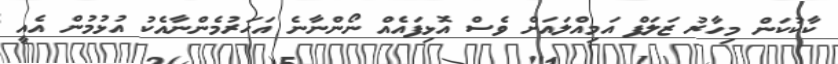
ކާކުކަން މިހާރު ޒަލަފް އަމިއްލައަށް ވެސް އޮޅިފައެއް ނޯންނާނެ އަހަރުމެންނާއެކު އުޅުމުން އެއީ